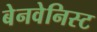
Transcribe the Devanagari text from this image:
बेनवेनिस्ट